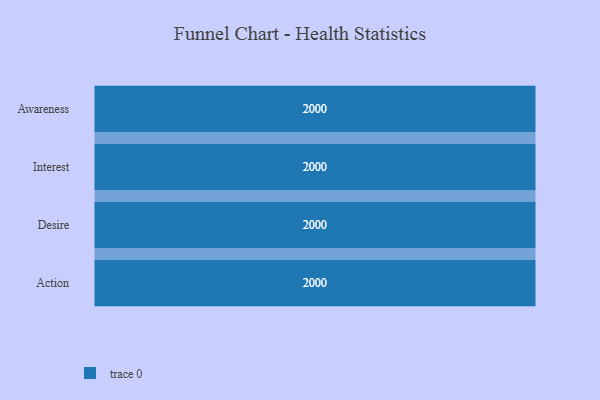
{"axis": {"x": "Stage", "y": "Value"}, "legend": [""], "data": [{"x": "Awareness", "y": 2000, "type": ""}, {"x": "Interest", "y": 2000, "type": ""}, {"x": "Desire", "y": 2000, "type": ""}, {"x": "Action", "y": 2000, "type": ""}]}